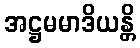
အဋ္ဌမမာဒိယန္တိ